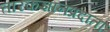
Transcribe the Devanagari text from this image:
तारकज्ञानप्रदाता